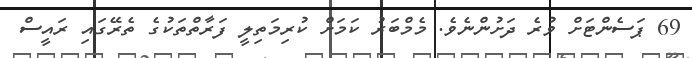
69 ޕަސެންޓަށް ވުރެ ދަށުންނެވެ. މެމްބަރު ކަމަށް ކުރިމަތިލީ ފަރާތްތަކުގެ ތެރޭގައި ރައީސް